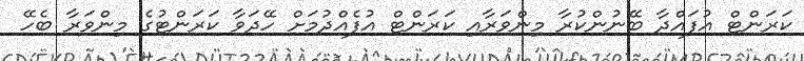
ކަރަންޓް އުފައްދާ ބޭނުންކުރާ މިންވަރާއި ކަރަންޓް އުފެއްދުމަށް ހޭދަވާ ކަރަންޓުގެ މިންވަރާ ބެހޭ